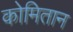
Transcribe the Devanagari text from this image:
कोमितान